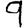
Digit: 9